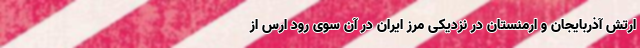
ارتش آذربایجان و ارمنستان در نزدیکی مرز ایران در آن سوی رود ارس از